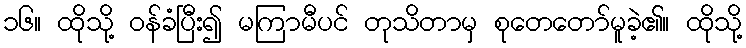
၁၆။ ထိုသို့ ဝန်ခံပြီး၍ မကြာမီပင် တုသိတာမှ စုတေတော်မူခဲ့၏။ ထိုသို့